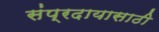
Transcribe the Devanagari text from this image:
संप्रदायासाठी